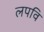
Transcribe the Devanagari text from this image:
लपवि